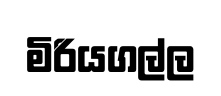
මිරියගල්ල